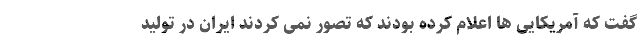
گفت که آمریکایی ها اعلام کرده بودند که تصور نمی کردند ایران در تولید